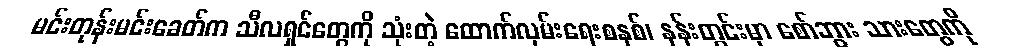
မင်းတုန်းမင်းခေတ်က သီလရှင်တွေကို သုံးတဲ့ ထောက်လှမ်းရေးစနစ်၊ နန်းတွင်းမှာ စော်ဘွား သားတွေကို